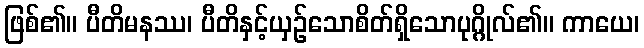
ဖြစ်၏။ ပီတိမနဿ၊ ပီတိနှင့်ယှဉ်သောစိတ်ရှိသောပုဂ္ဂိုလ်၏။ ကာယေ၊